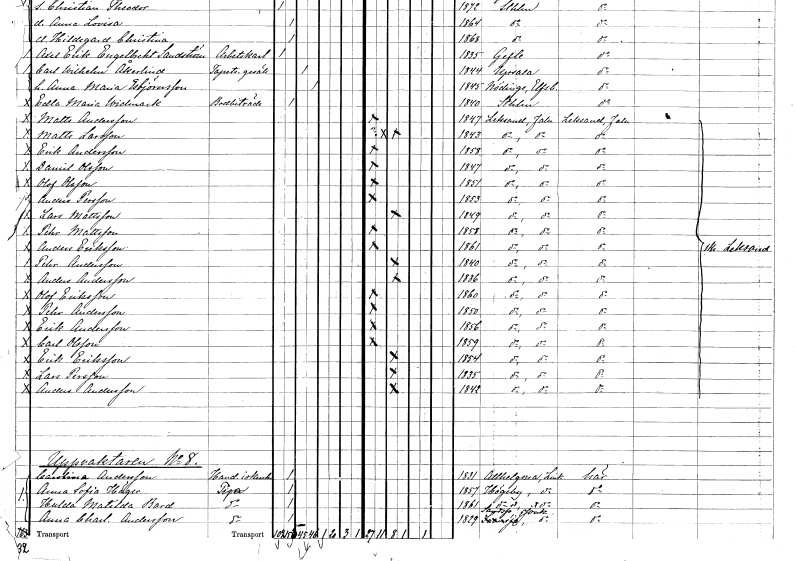
gt_parse: households: individuals: FN: Matts
EN: Andersson
KON: M
CIV: O
FODAR: 1847
FODFORS: Leksand Kopparbergs län
FN: Matts
EN: Larsson
KON: M
CIV: G
FODAR: 1843
FODFORS: Leksand Kopparbergs län
FN: Erik
EN: Andersson
KON: M
CIV: O
FODAR: 1858
FODFORS: Leksand Kopparbergs län
FN: Daniel
EN: Olsson
KON: M
CIV: O
FODAR: 1847
FODFORS: Leksand Kopparbergs län
FN: Olof
EN: Olsson
KON: M
CIV: O
FODAR: 1851
FODFORS: Leksand Kopparbergs län
FN: Anders
EN: Persson
KON: M
CIV: O
FODAR: 1853
FODFORS: Leksand Kopparbergs län
FN: Lars
EN: Mattsson
KON: M
CIV: G
FODAR: 1849
FODFORS: Leksand Kopparbergs län
FN: Pehr
EN: Mattsson
KON: M
CIV: O
FODAR: 1858
FODFORS: Leksand Kopparbergs län
FN: Anders
EN: Eriksson
KON: M
CIV: O
FODAR: 1861
FODFORS: Leksand Kopparbergs län
FN: Pehr
EN: Andersson
KON: M
CIV: G
FODAR: 1840
FODFORS: Leksand Kopparbergs län
FN: Anders
EN: Andersson
KON: M
CIV: G
FODAR: 1836
FODFORS: Leksand Kopparbergs län
FN: Olof
EN: Eriksson
KON: M
CIV: O
FODAR: 1860
FODFORS: Leksand Kopparbergs län
FN: Pehr
EN: Andersson
KON: M
CIV: O
FODAR: 1850
FODFORS: Leksand Kopparbergs län
FN: Erik
EN: Andersson
KON: M
CIV: O
FODAR: 1856
FODFORS: Leksand Kopparbergs län
FN: Carl
EN: Olsson
KON: M
CIV: O
FODAR: 1859
FODFORS: Leksand Kopparbergs län
FN: Erik
EN: Eriksson
KON: M
CIV: G
FODAR: 1854
FODFORS: Leksand Kopparbergs län
FN: Lars
EN: Persson
KON: M
CIV: G
FODAR: 1835
FODFORS: Leksand Kopparbergs län
FN: Anders
EN: Andersson
KON: M
CIV: G
FODAR: 1842
FODFORS: Leksand Kopparbergs län
FN: Carolina
EN: Andersson
YRKE: Handelsidkerska
KON: K
CIV: O
FODAR: 1831
FODFORS: Allhelgona Östergötlands län
FN: Anna Sofia
EN: Häger
YRKE: Piga
KON: K
CIV: O
FODAR: 1857
FODFORS: Högby Östergötlands län
FN: Hulda Matilda
EN: Bard
YRKE: Piga
KON: K
CIV: O
FODAR: 1861
FODFORS: Högby Östergötlands län
FN: Anna Charlotta
EN: Andersson
YRKE: Piga
KON: K
CIV: O
FODAR: 1829
FODFORS: Norra Sandsjö Jönköpings län